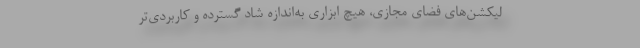
لیکشن‌های فضای مجازی، هیچ ابزاری به‌اندازه شاد گسترده و کاربردی‌تر